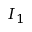
I _ { 1 }